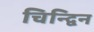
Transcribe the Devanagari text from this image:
चिन्द्विन